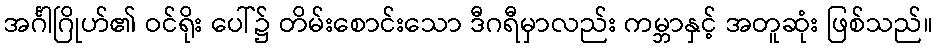
အင်္ဂါဂြိုဟ်၏ ဝင်ရိုး ပေါ်၌ တိမ်းစောင်းသော ဒီဂရီမှာလည်း ကမ္ဘာနှင့် အတူဆုံး ဖြစ်သည်။